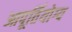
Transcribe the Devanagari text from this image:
आपूर्तियोग्य